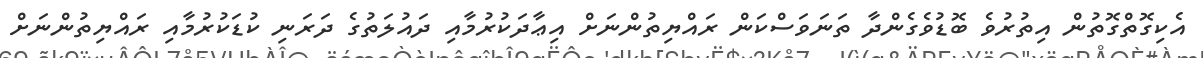
އެކިގޮތްގޮތުން އިތުރުވެ ބޮޑުވެގެންދާ ތަނަވަސްކަން ރައްޔިތުންނަށް އިޢާދަކުރުމާއި ދައުލަތުގެ ދަރަނި ކުޑަކުރުމާއި ރައްޔިތުންނަށް